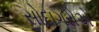
સોદાગરોએ